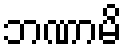
ဘဏာမိ